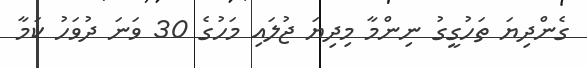
ގެންދިޔަ ތަހުގީގު ނިންމާ މިދިޔަ ޖުލައި މަހުގެ 30 ވަނަ ދުވަހު ކަމާ